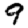
Digit: 9